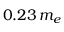
0 . 2 3 \, m _ { e }